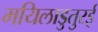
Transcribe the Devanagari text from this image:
मयिलाडुतुरई